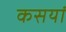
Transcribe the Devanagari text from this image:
कसयां